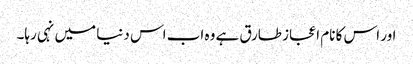
اور اس کا نام اعجاز طارق ہے وہ اب اس دنیا میں نہی رہا۔